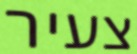
צעיר